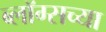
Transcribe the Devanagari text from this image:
ब्लॉग्सच्या